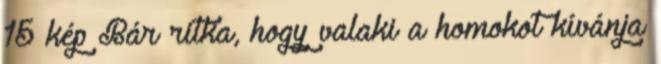
15 kép Bár ritka, hogy valaki a homokot kívánja